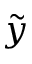
\tilde { y }